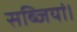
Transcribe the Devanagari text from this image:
सब्जियां।